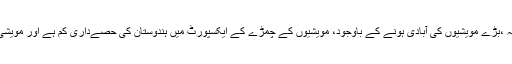
اسی وقت، ایک سرکاری سروے میں قبول کیا گیا کہ ،بڑے مویشیوں کی آبادی ہونے کے باوجود، مویشیوں کے چمڑے کے ایکسپورٹ میں ہندوستان کی حصےداری کم ہے اور مویشی ذبیحہ،محدود دستیابی کی وجہ سے گھٹ رہی ہے۔